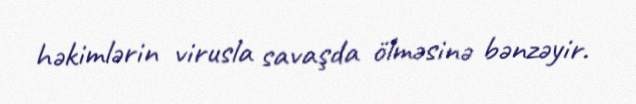
həkimlərin virusla savaşda ölməsinə bənzəyir.